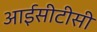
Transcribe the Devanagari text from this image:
आईसीटीसी